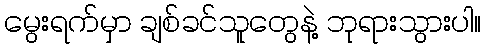
မွေးရက်မှာ ချစ်ခင်သူတွေနဲ့ ဘုရားသွားပါ။